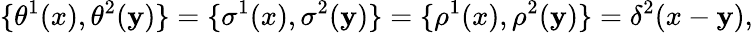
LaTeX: \{ \theta^{1}(x),\theta^{2}(\mathbf{y})\} =\{ \sigma^{1}(x),\sigma^{2}(\mathbf{y})\} =\{ \rho^{1}(x),\rho^{2}(\mathbf{y})\} =\delta^{2}(x-\mathbf{y}),